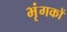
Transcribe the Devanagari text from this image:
भृंगकों